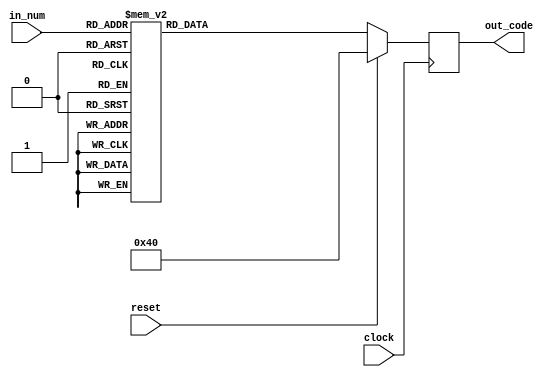
module seg7_encoder(
    input 				clock,
    input 				reset,
    input		[3:0]	in_num,
    output reg 	[7:0]	out_code
);

// 	----a----	
// 	|		|	
//	f		b
//	|---g---|
//	e		c
//	|		|
//	----d---.


/*
// positive
// 						  .gfe_dcba
localparam display_0 = 8'b1011_1111;
localparam display_1 = 8'b1000_0110;
localparam display_2 = 8'b1101_1011;
localparam display_3 = 8'b1100_1111;
localparam display_4 = 8'b1110_0110;
localparam display_5 = 8'b1110_1101;
localparam display_6 = 8'b1111_1101;
localparam display_7 = 8'b1000_0111;
localparam display_8 = 8'b1111_1111;
localparam display_9 = 8'b1110_1111;
localparam display_a = 8'b1111_0111;
localparam display_b = 8'b1111_1100;
localparam display_c = 8'b1011_1001;
localparam display_d = 8'b1101_1110;
localparam display_e = 8'b1111_1001;
localparam display_f = 8'b1111_0001;
*/

// negative
// 						  .gfe_dcba
localparam display_0 = 8'b0100_0000;
localparam display_1 = 8'b0111_1001;
localparam display_2 = 8'b0010_0100;
localparam display_3 = 8'b0011_0000;
localparam display_4 = 8'b0001_1001;
localparam display_5 = 8'b0001_0010;
localparam display_6 = 8'b0000_0010;
localparam display_7 = 8'b0111_1000;
localparam display_8 = 8'b0000_0000;
localparam display_9 = 8'b0001_0000;
localparam display_a = 8'b0000_1000;
localparam display_b = 8'b0000_0011;
localparam display_c = 8'b0100_0110;
localparam display_d = 8'b0010_0001;
localparam display_e = 8'b0000_0110;
localparam display_f = 8'b0000_1110;

always@(posedge clock) begin
    if(reset) begin
        out_code <= display_0;
	end
    else begin
        case(in_num)
            4'd0	:  	out_code <= display_0;
            4'd1	:  	out_code <= display_1;
            4'd2	:  	out_code <= display_2;
            4'd3	:  	out_code <= display_3;
            4'd4	:  	out_code <= display_4;
            4'd5	:  	out_code <= display_5;
            4'd6	:  	out_code <= display_6;
            4'd7	:  	out_code <= display_7;
            4'd8	:  	out_code <= display_8;
            4'd9	:  	out_code <= display_9;
            4'd10	: 	out_code <= display_a;
            4'd11	: 	out_code <= display_b;
            4'd12	: 	out_code <= display_c;
            4'd13	: 	out_code <= display_d;
            4'd14	: 	out_code <= display_e;
            4'd15	: 	out_code <= display_f;
            default	:	out_code <= display_0;
        endcase
	end
end

endmodule